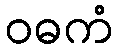
ဝဓကံ